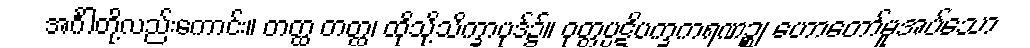
အင်္ဂါတို့လည်းကောင်း။ တတ္ထ တတ္ထ၊ ထိုသို့သိက္ခာပုဒ်၌။ ဝုတ္တပ္ပဋိပက္ခကရဏဉ္စ၊ ဟောတော်မူအပ်သော